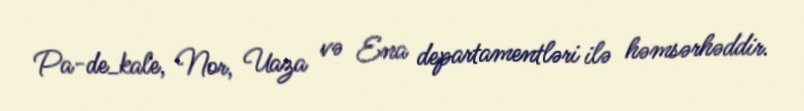
Pa-de_kale, Nor, Uaza və Ena departamentləri ilə həmsərhəddir.